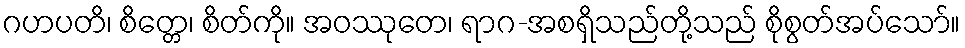
ဂဟပတိ၊ စိတ္တေ၊ စိတ်ကို။ အဝဿုတေ၊ ရာဂ-အစရှိသည်တို့သည် စိုစွတ်အပ်သော်။